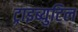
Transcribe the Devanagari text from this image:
ट्राइब्युटिल